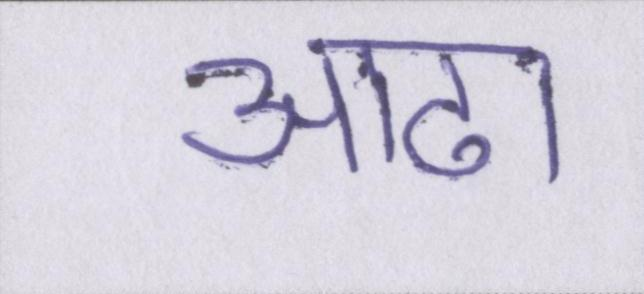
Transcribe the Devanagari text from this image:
आढा